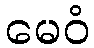
မေဝံ